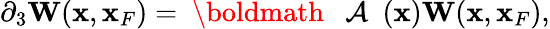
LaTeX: \begin{array}{r}{\partial_{3}{\mathbf W}({\mathbf x},{\mathbf x}_{F})={{\mathrm{~\boldmath~{~\cal~A~}~}}}({\mathbf x}){\mathbf W}({\mathbf x},{\mathbf x}_{F}),}\end{array}